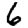
Digit: 6